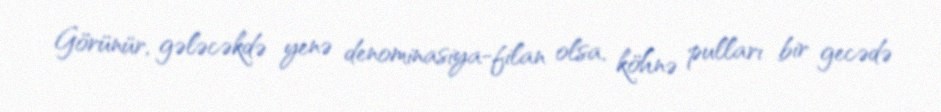
Görünür, gələcəkdə yenə denominasiya-filan olsa, köhnə pulları bir gecədə